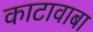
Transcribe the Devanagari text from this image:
काटावाबा